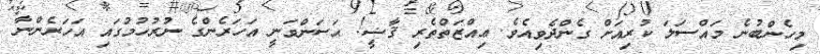
މިހެންބުނެ މައްސަލަ ކުރިއަށް ގެންދެވިއެވެ. ޢިއްޒަތްތެރި ޤާޟީ! ޙަސަންވަނީ އަހަރެންގެ ނުރުހުމުގައި އަަހަރެންނާ